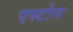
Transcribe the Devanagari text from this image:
एस्टोन